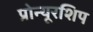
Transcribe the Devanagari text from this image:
प्रोन्‍यूरशिप